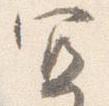
宜